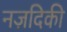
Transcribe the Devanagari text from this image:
नज़दिकी